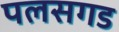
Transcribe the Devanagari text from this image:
पलसगड